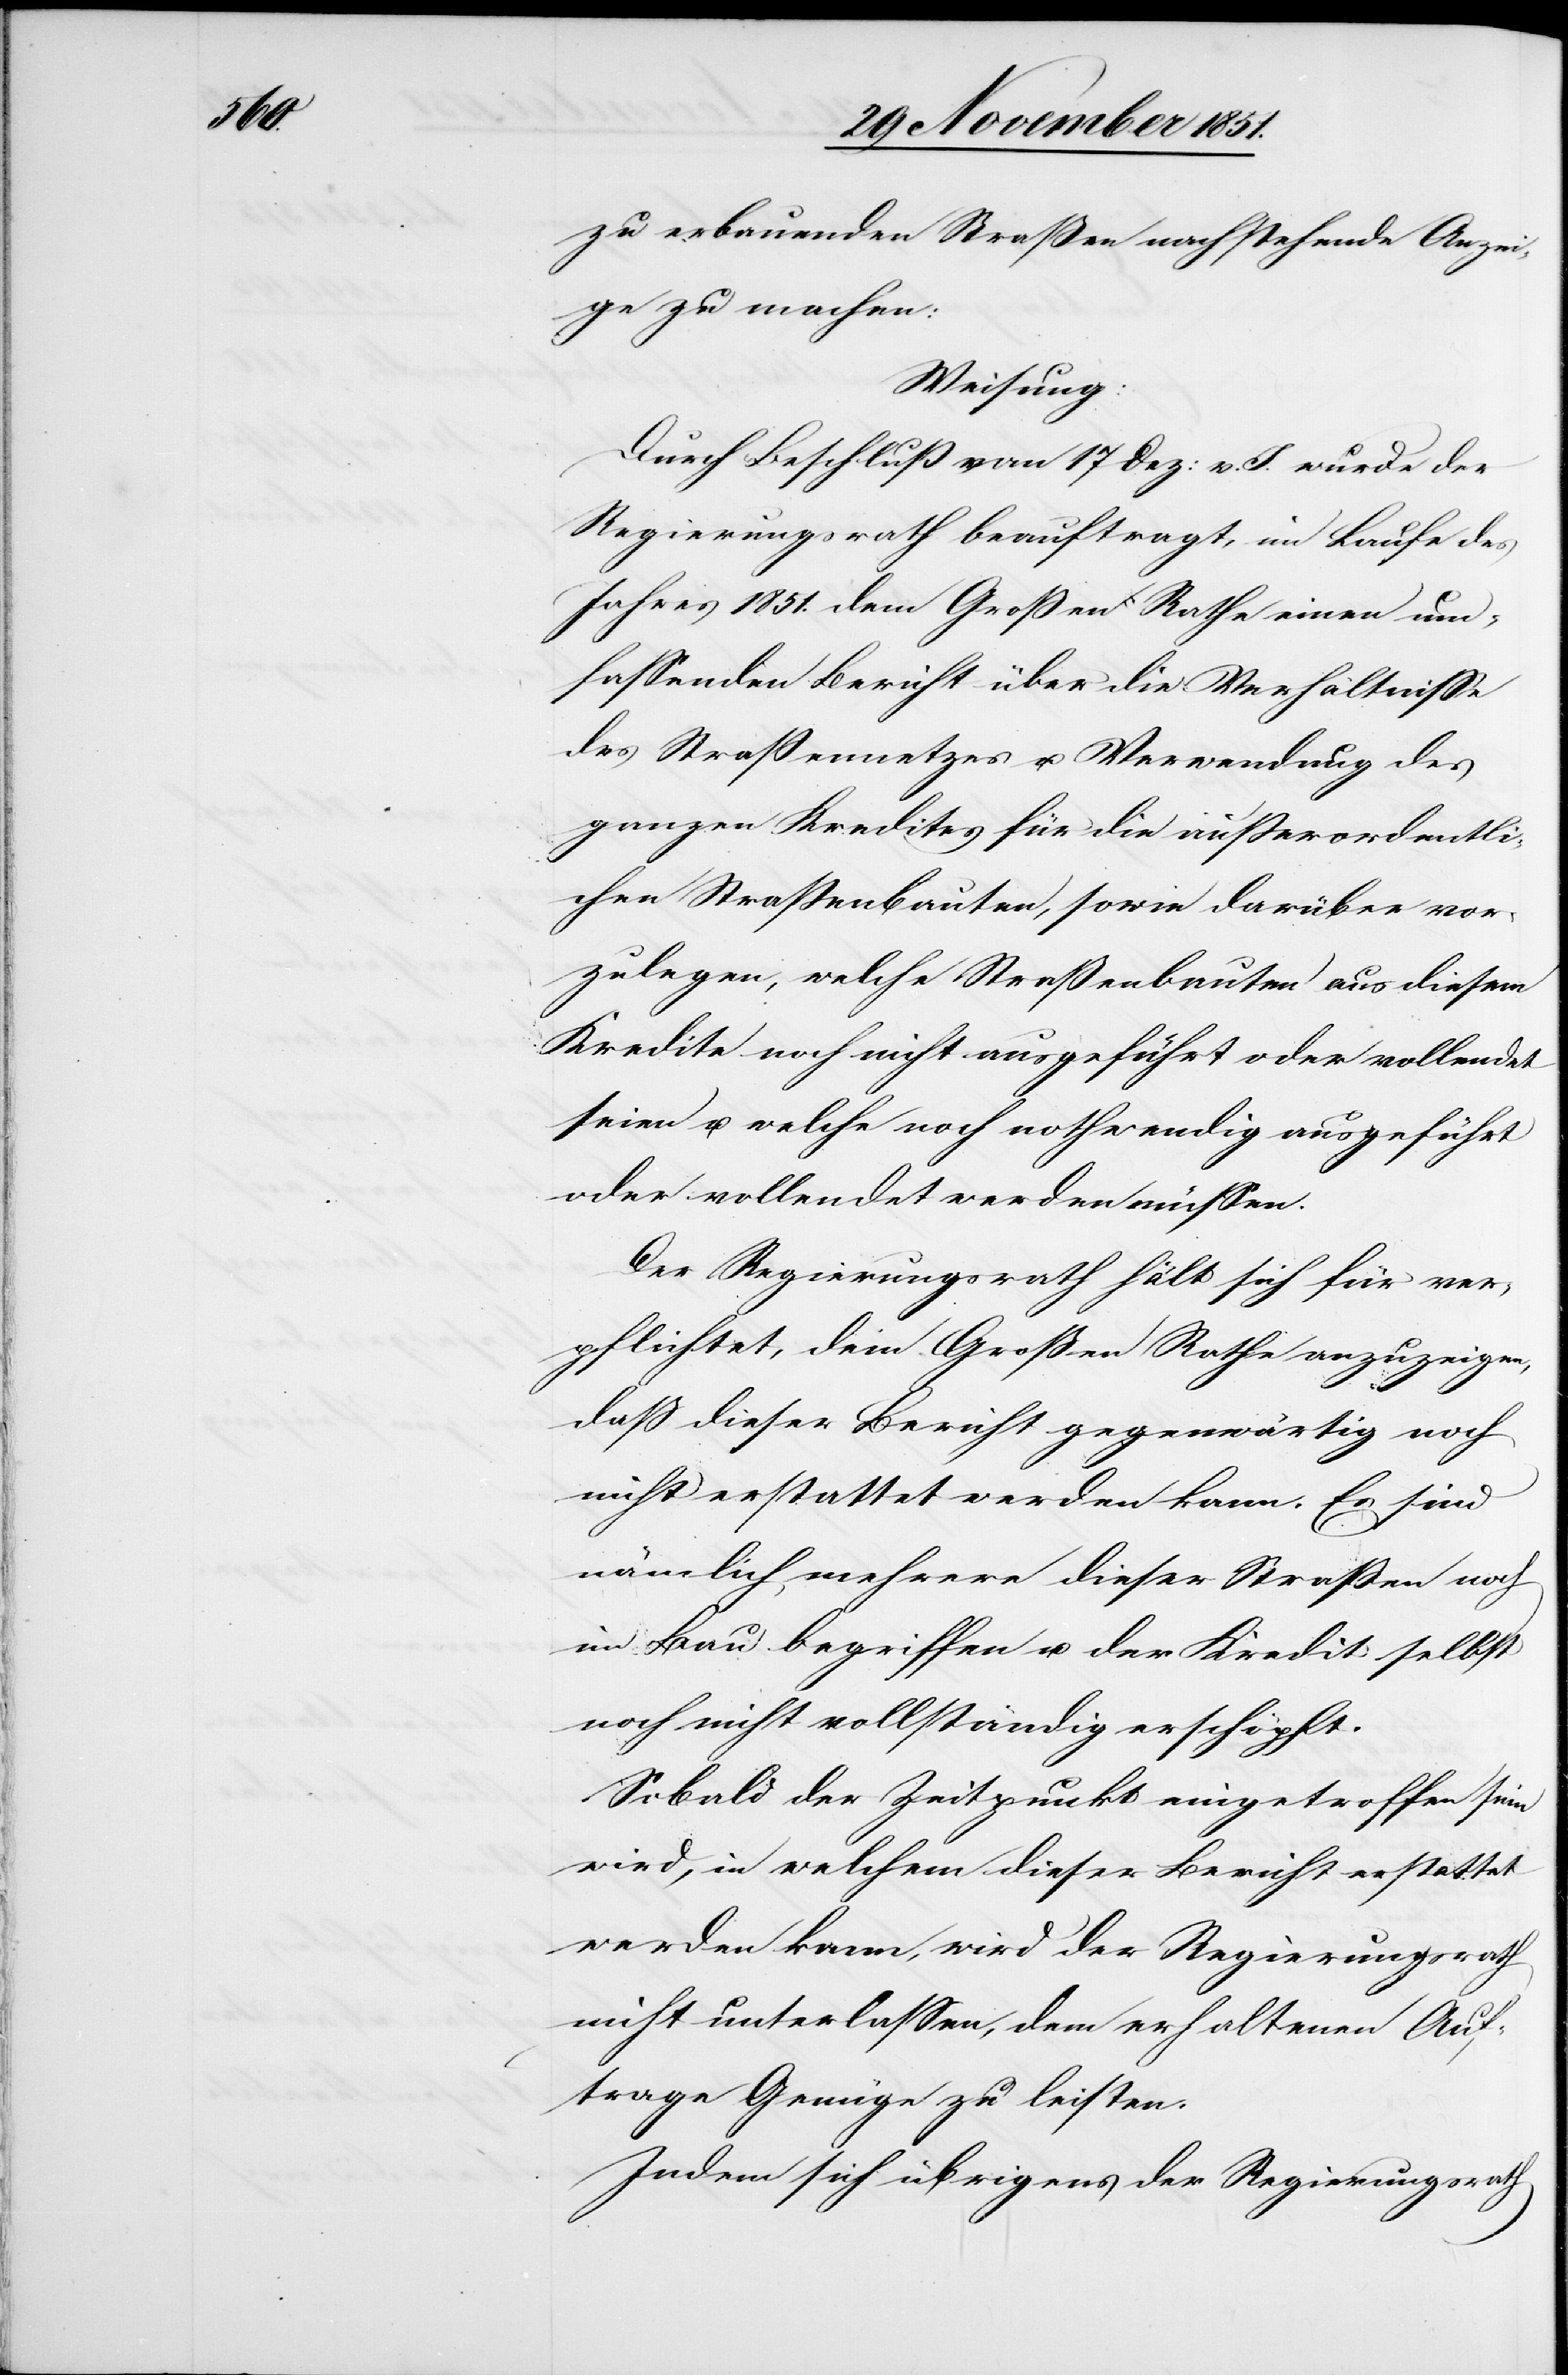
zu erbauenden Straßen nachstehende Anzei¬
ge zu machen:
Weisung:
Durch Beschluß vom 17 Dez: v. J. wurde der
Regierungsrath beauftragt, im Laufe des
Jahres 1851. dem Großen Rathe einen um¬
fassenden Bericht über die Verhältnisse
des Straßennetzes u. Verwendung des
ganzen Kredites für die außerordentli¬
chen Straßenbauten, sowie darüber vor¬
zulegen, welche Straßenbauten aus diesem
Kredite noch nicht ausgeführt oder vollendet
seien u. welche noch nothwendig ausgeführt
oder vollendet werden müssen.
Der Regierungsrath hält sich für ver¬
pflichtet, dem Großen Rathe anzuzeigen,
daß dieser Bericht gegenwärtig noch
nicht erstattet werden kann. Es sind
nämlich mehrere dieser Straßen noch
im Bau begriffen u. der Kredit selbst
noch nicht vollständig erschöpft.
Sobald der Zeitpunkt eingetroffen sein
wird, in welchem dieser Bericht erstattet
werden kann, wird der Regierungsrath
nicht unterlassen, dem erhaltenen Auf¬
trage Genüge zu leisten.
Indem sich übrigens der Regierungsrath